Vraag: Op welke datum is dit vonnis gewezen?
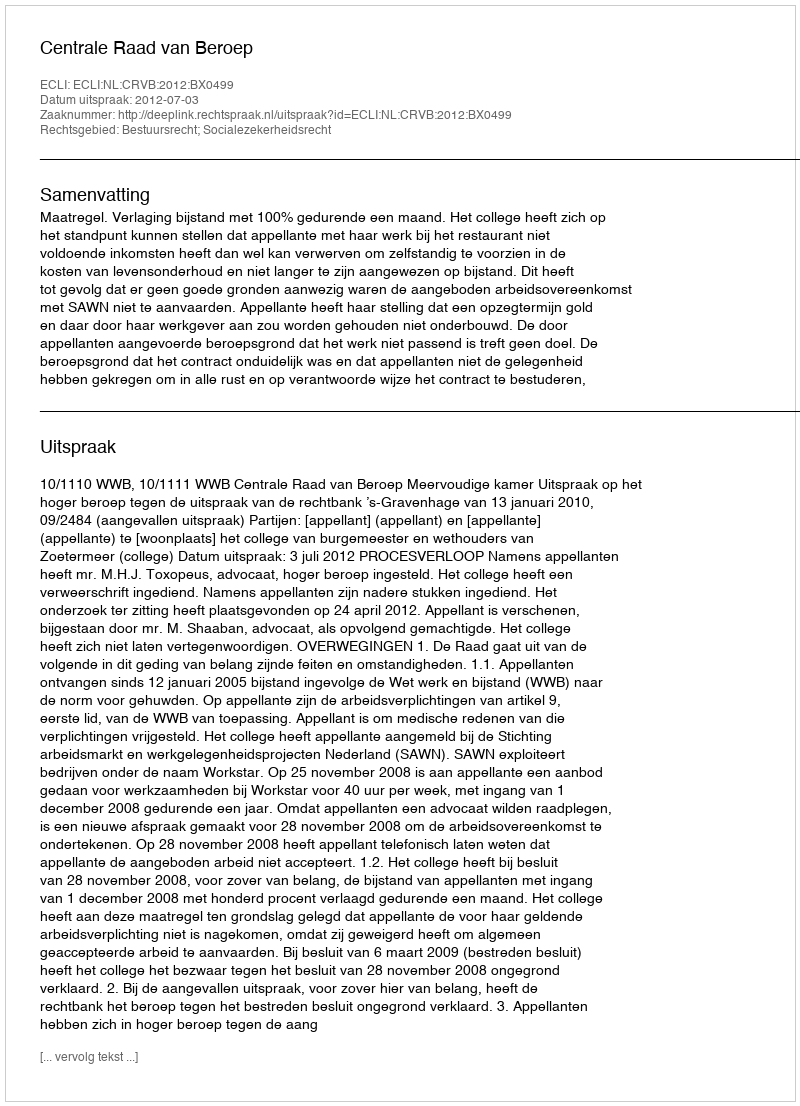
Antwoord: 2012-07-03